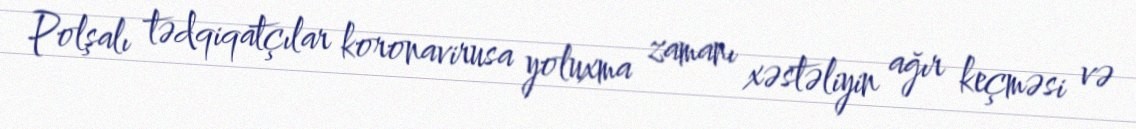
Polşalı tədqiqatçılar koronavirusa yoluxma zamanı xəstəliyin ağır keçməsi və